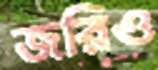
জরিও